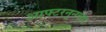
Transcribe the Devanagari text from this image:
आफ्टरनूनच्या